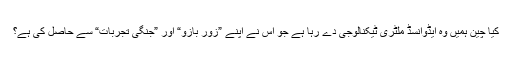
کیا چین ہمیں وہ ایڈوانسڈ ملٹری ٹیکنالوجی دے رہا ہے جو اس نے اپنے ”زورِ بازو“ اور ”جنگی تجربات“ سے حاصل کی ہے؟